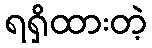
ရရှိထားတဲ့